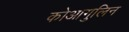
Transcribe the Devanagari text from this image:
कोआगुलिन